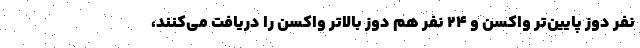
نفر دوز پایین‌تر واکسن و ۲۴ نفر هم دوز بالاتر واکسن را دریافت می‌کنند،